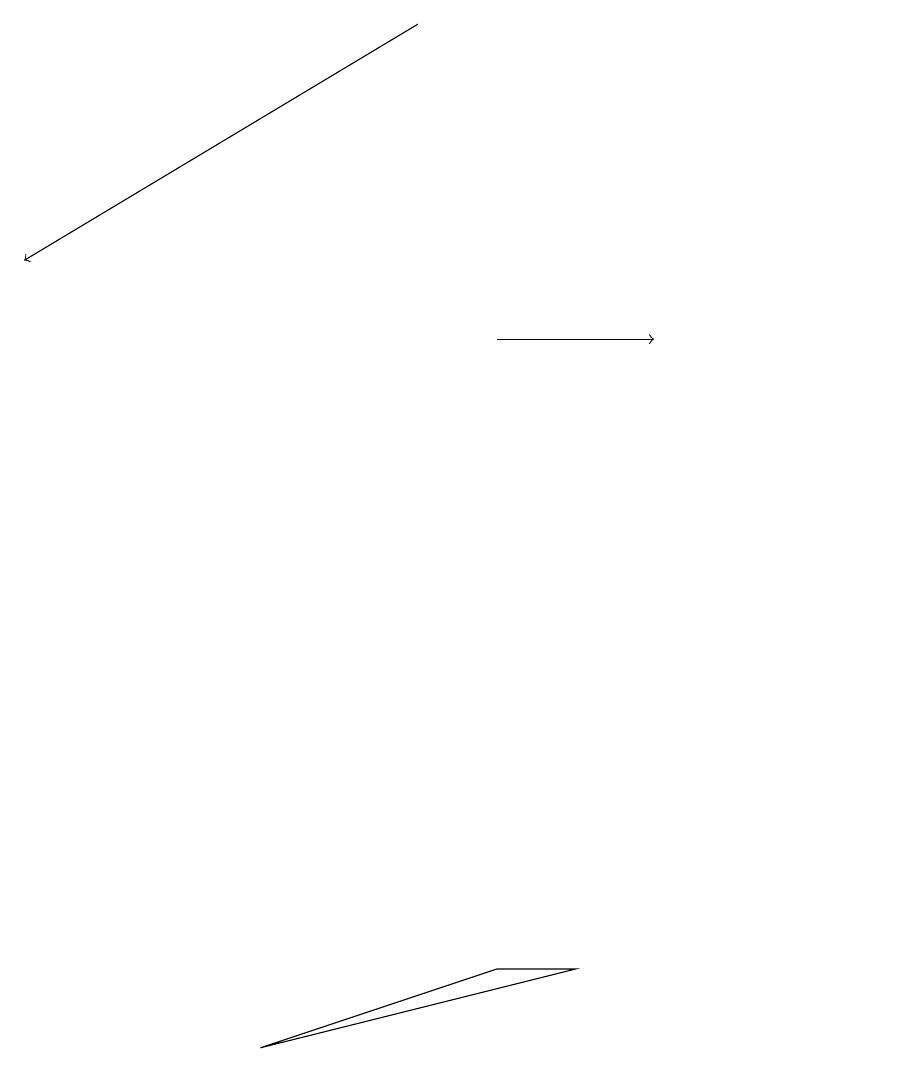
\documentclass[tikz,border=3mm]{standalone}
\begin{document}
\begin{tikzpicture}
\draw[->] (6,14) -- (8,14);
\draw (6,6) -- (7,6) -- (3,5) -- cycle;
\draw[->] (5,18) -- (0,15);
\draw (11,10) circle (0);
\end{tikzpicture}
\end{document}